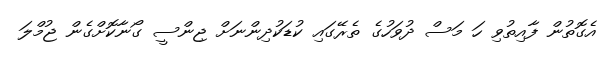
އެގޮތުން ފާއިތުވި ހަ މަސް ދުވަހުގެ ތެރޭގައި ކުޑަކުދިންނަށް ޖިންސީ ގޯނާކޮށްގެން ޖުމްލަ